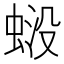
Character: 𧋶